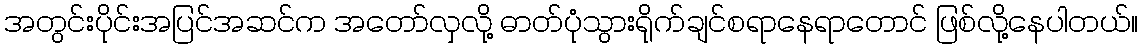
အတွင်းပိုင်းအပြင်အဆင်က အတော်လှလို့ ဓာတ်ပုံသွားရိုက်ချင်စရာနေရာတောင် ဖြစ်လို့နေပါတယ်။